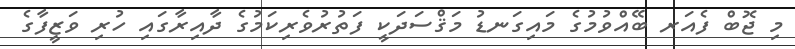
މި ޖޮބް ފެއަރ ބޭއްވުމުގެ މައިގަނޑު މަޤްސަދަކީ ފަތުރުވެރިކަމުގެ ދާއިރާގައި ހުރި ވަޒީފާގެ